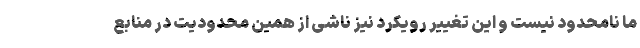
ما نامحدود نیست و این تغییر رویکرد نیز ناشی از همین محدودیت در منابع